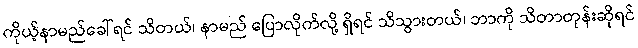
ကိုယ့်နာမည်ခေါ်ရင် သိတယ်၊ နာမည် ပြောလိုက်လို့ ရှိရင် သိသွားတယ်၊ ဘာကို သိတာတုန်းဆိုရင်